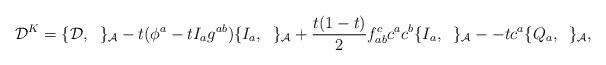
LaTeX: \begin{align*}{\cal D}^{K}=\{{\cal D},\;\;\}_{\cal A}- t(\phi^a-tI_ag^{ab})\{I_a,\;\;\}_{\cal A} +\frac{t(1-t)}{2}f^c_{ab}c^ac^b\{I_a,\;\;\}_{\cal A} --tc^a \{ Q_a,\;\;\}_{\cal A},\end{align*}